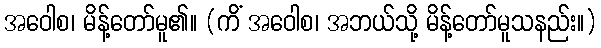
အဝေါစ၊ မိန့်တော်မူ၏။ (ကိံ အဝေါစ၊ အဘယ်သို့ မိန့်တော်မူသနည်း။)